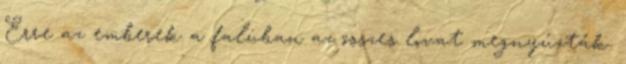
Erre az emberek a faluban az összes lovat megnyúzták.